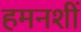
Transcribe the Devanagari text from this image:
हमनशीं